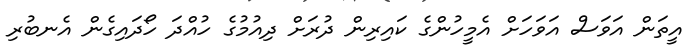
އީތަން އަވަސް އަވަހަށް އެމީހުންގެ ކައިރިން ދުރަށް ދިއުމުގެ ހުއްދަ ހޯދައިގެން އެނބުރި